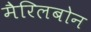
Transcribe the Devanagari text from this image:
मैरिलबोन